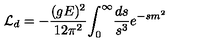
{ \cal L } _ { d } = - { \frac { ( g E ) ^ { 2 } } { 1 2 \pi ^ { 2 } } } { \int _ { 0 } } ^ { \infty } { \frac { d s } { s ^ { 3 } } e ^ { - s m ^ { 2 } } }